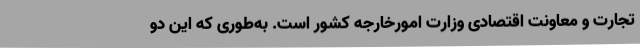
تجارت و معاونت اقتصادی وزارت امورخارجه کشور است. به‌طوری که این دو